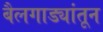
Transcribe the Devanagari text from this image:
बैलगाड्यांतून